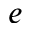
e